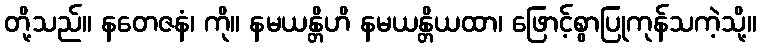
တို့သည်။ နတေဇနံ၊ ကို။ နမယန္တိဟိ နမယန္တိယထာ၊ ဖြောင့်စွာပြုကုန်သကဲ့သို့။